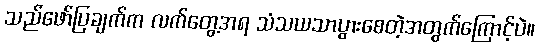
သည်ဖော်ပြချက်က လက်တွေ့အရ သံသယသာပွားစေတဲ့အတွက်ကြောင့်ပဲ။